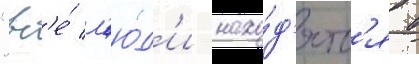
"вс'е́ л'ю́д'и нахо́д'ятс'я в